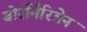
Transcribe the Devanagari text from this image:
बोर्रोमैरिन्नेन